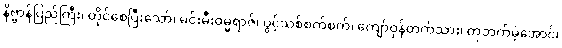
နိဗ္ဗာန်ပြည်ကြီး၊ တိုင်စေပြီးသော်၊ မင်းမီးဓမ္မရာဇ်၊ ပွင့်သစ်စက်စက်၊ ကျော်ဝှန်တက်သား၊ တုဘက်မဲ့အောင်၊